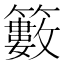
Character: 籔